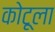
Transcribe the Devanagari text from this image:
कोटूला